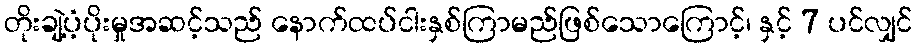
တိုးချဲ့ပံ့ပိုးမှုအဆင့်သည် နောက်ထပ်ငါးနှစ်ကြာမည်ဖြစ်သောကြောင့်၊ နှင့် 7 ပင်လျှင်